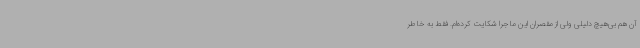
آن هم بی‌هیچ دلیلی ولی از مقصران این ماجرا شکایت کرده‌ام. فقط به خاطر